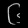
Digit: ၆